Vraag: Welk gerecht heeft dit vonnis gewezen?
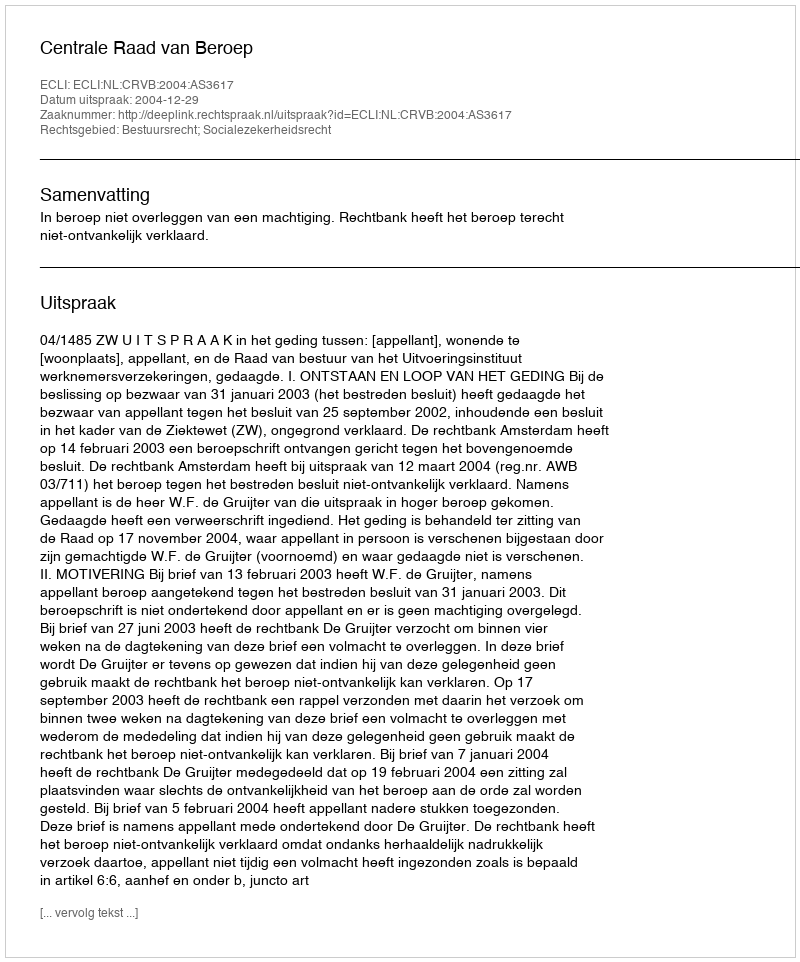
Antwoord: Centrale Raad van Beroep